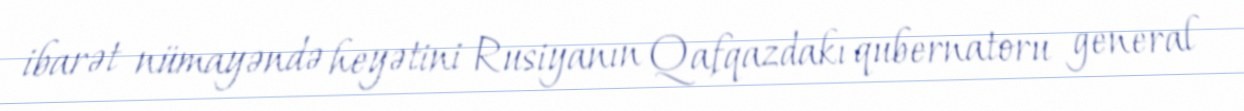
ibarət nümayəndə heyətini Rusiyanın Qafqazdakı qubernatoru general